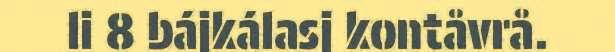
li 8 bájkálasj kontåvrå.